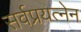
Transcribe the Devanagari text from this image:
सर्वप्रयत्नेन